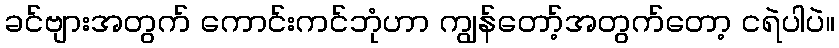
ခင်ဗျားအတွက် ကောင်းကင်ဘုံဟာ ကျွန်တော့်အတွက်တော့ ငရဲပါပဲ။